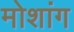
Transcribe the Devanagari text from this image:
मोशांग